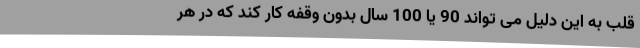
قلب به این دلیل می تواند 90 یا 100 سال بدون وقفه کار کند که در هر